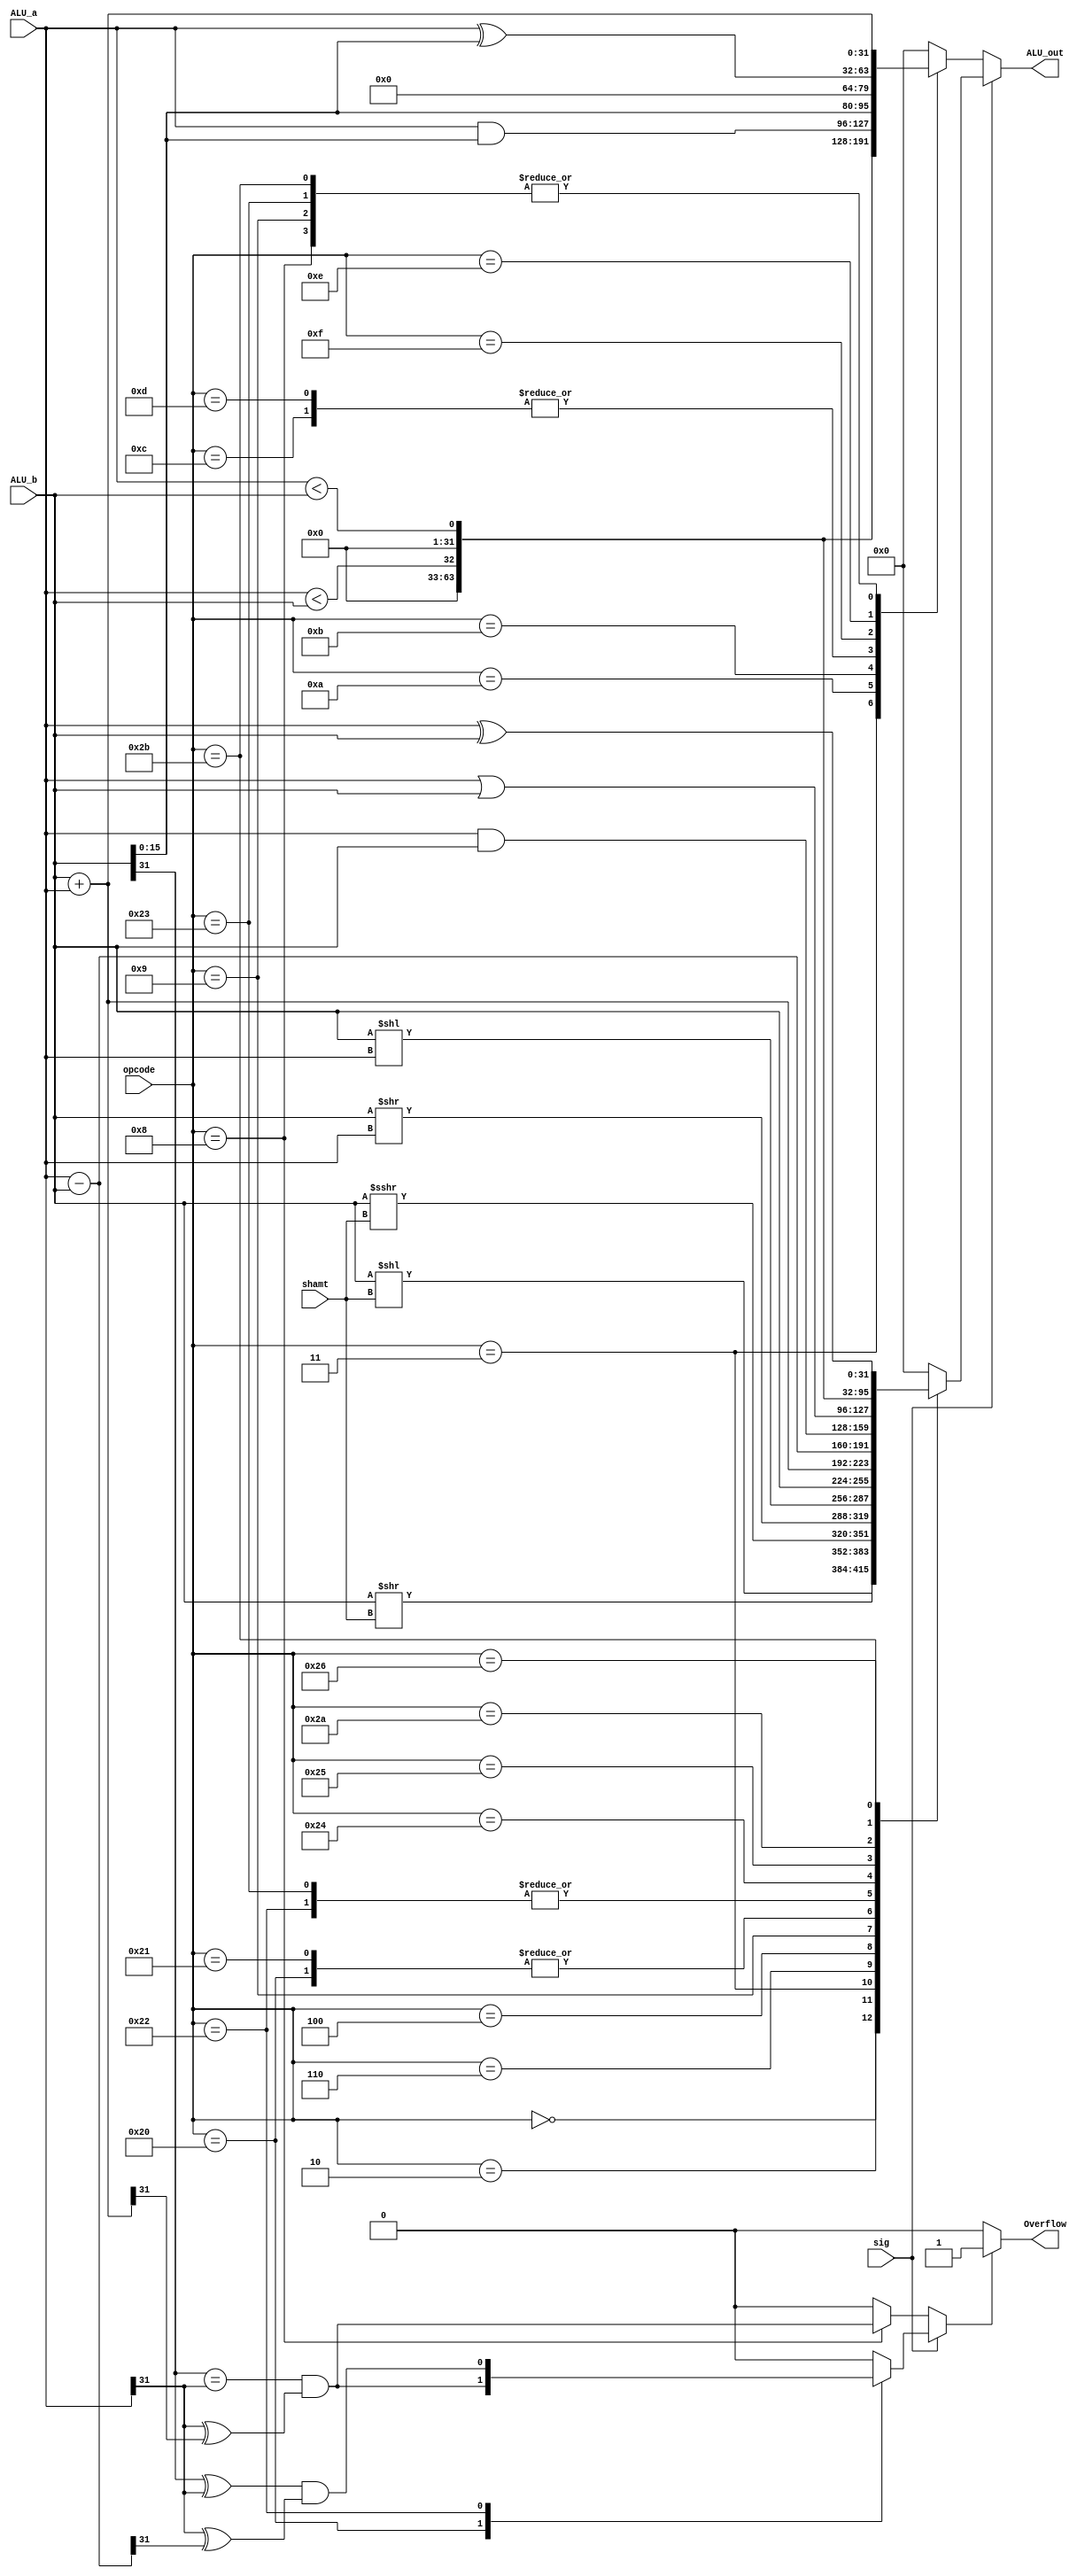
/*
    the main ALU for the CPU
*/
module realALU(
    input [5:0] opcode,
    input sig,
    input [4:0] shamt,
    input [31:0] ALU_a,
    input [31:0] ALU_b,
    output reg [31:0] ALU_out,
    output reg Overflow
);

parameter NOP = 6'h0;
parameter SRL = 6'h2;
parameter SRA = 6'h3;
    parameter JAL = 6'h3;
parameter SLLV = 6'h4;
parameter SRLV = 6'h6;
parameter JR = 6'h8;
    parameter ADDI = 6'h8;
parameter JALR = 6'h9;
    parameter ADDIU = 6'h9;
    parameter SLTI = 6'ha;
    parameter SLTIU = 6'hb;
    parameter ANDI = 6'hc;
    parameter ORI = 6'hd;
    parameter XORI = 6'he;
    parameter LUI = 6'hf;
parameter ADD = 6'h20;
parameter ADDU = 6'h21;
parameter SUB = 6'h22;
parameter SUBU = 6'h23;
    parameter LW = 6'h23;
parameter AND = 6'h24;
parameter OR = 6'h25;
parameter XOR = 6'h26;
parameter SLT = 6'h2A;
parameter SLTU = 6'h2B;
    parameter SW = 6'h2B;

reg overflow;

always @*
begin
    overflow = 0;
    if(sig)
    begin
        case(opcode)
            NOP: ALU_out = ALU_b << shamt;
            SRL: ALU_out = $unsigned(ALU_b) >> shamt;
            SRA: ALU_out = $signed(ALU_b) >>> shamt;
            SRLV: ALU_out = $unsigned(ALU_b) >> ALU_a;
            SLLV: ALU_out = ALU_b << ALU_a;
            JALR: ALU_out = ALU_b;
            ADD: begin ALU_out = ALU_b + ALU_a; overflow = (ALU_b[31] == ALU_a[31]) & (ALU_a[31] ^ ALU_out[31]);end
            ADDU: ALU_out = ALU_b + ALU_a;
            SUB: begin ALU_out = ALU_a - ALU_b; overflow = (ALU_b[31] ^ ALU_a[31]) & (ALU_a[31] ^ ALU_out[31]);end
            SUBU: ALU_out = ALU_a - ALU_b;
            AND: ALU_out = ALU_a & ALU_b;
            OR: ALU_out = ALU_a | ALU_b;
            SLT: ALU_out = $signed(ALU_a) < $signed(ALU_b);
            SLTU: ALU_out = $unsigned(ALU_a) < $signed(ALU_b);
            XOR: ALU_out = ALU_a ^ ALU_b;
				default: ALU_out = 0;
        endcase
    end
    else
    begin
        case(opcode)
            JAL: ALU_out = ALU_b;
            ADDI: begin ALU_out = ALU_a + ALU_b; overflow = (ALU_b[31] == ALU_a[31]) & (ALU_a[31] ^ ALU_out[31]); end
            ADDIU: ALU_out = ALU_a + ALU_b;
            SLTI: ALU_out = $signed(ALU_a) < $signed(ALU_b);
            SLTIU: ALU_out = $unsigned(ALU_a) < $unsigned(ALU_b);
            ANDI: ALU_out = ALU_a & {16'h0, ALU_b[15:0]};
            ORI: ALU_out = ALU_a & {16'h0, ALU_b[15:0]};
            LUI: ALU_out = ALU_b << 16;
            LW: ALU_out = ALU_a + ALU_b;
            XORI: ALU_out = ALU_a ^ {16'h0, ALU_b[15:0]};
            SW: ALU_out = ALU_a + ALU_b;
				default: ALU_out = 0;
        endcase
    end
    if(overflow)
        Overflow = 1;
    else
        Overflow = 0;
end

endmodule